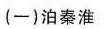
(一)泊秦淮